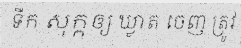
ទឹក សុក្កឲ្យ ឃ្លាត ចេញ ត្រូវ